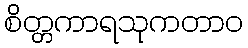
စိတ္တကာရသုကတာဝ